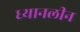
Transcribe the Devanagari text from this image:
ध्यानलीन